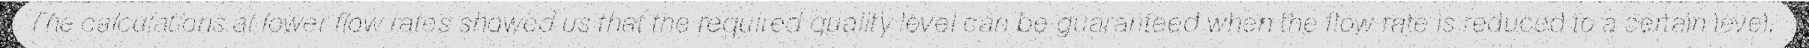
The calculations at lower flow rates showed us that the required quality level can be guaranteed when the flow rate is reduced to a certain level.